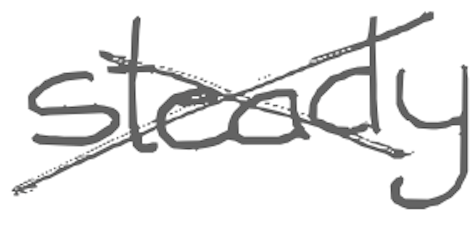
Text: steady
Cross-out: cross
Writing tool: digital_gray